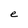
Character: e